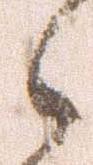
々